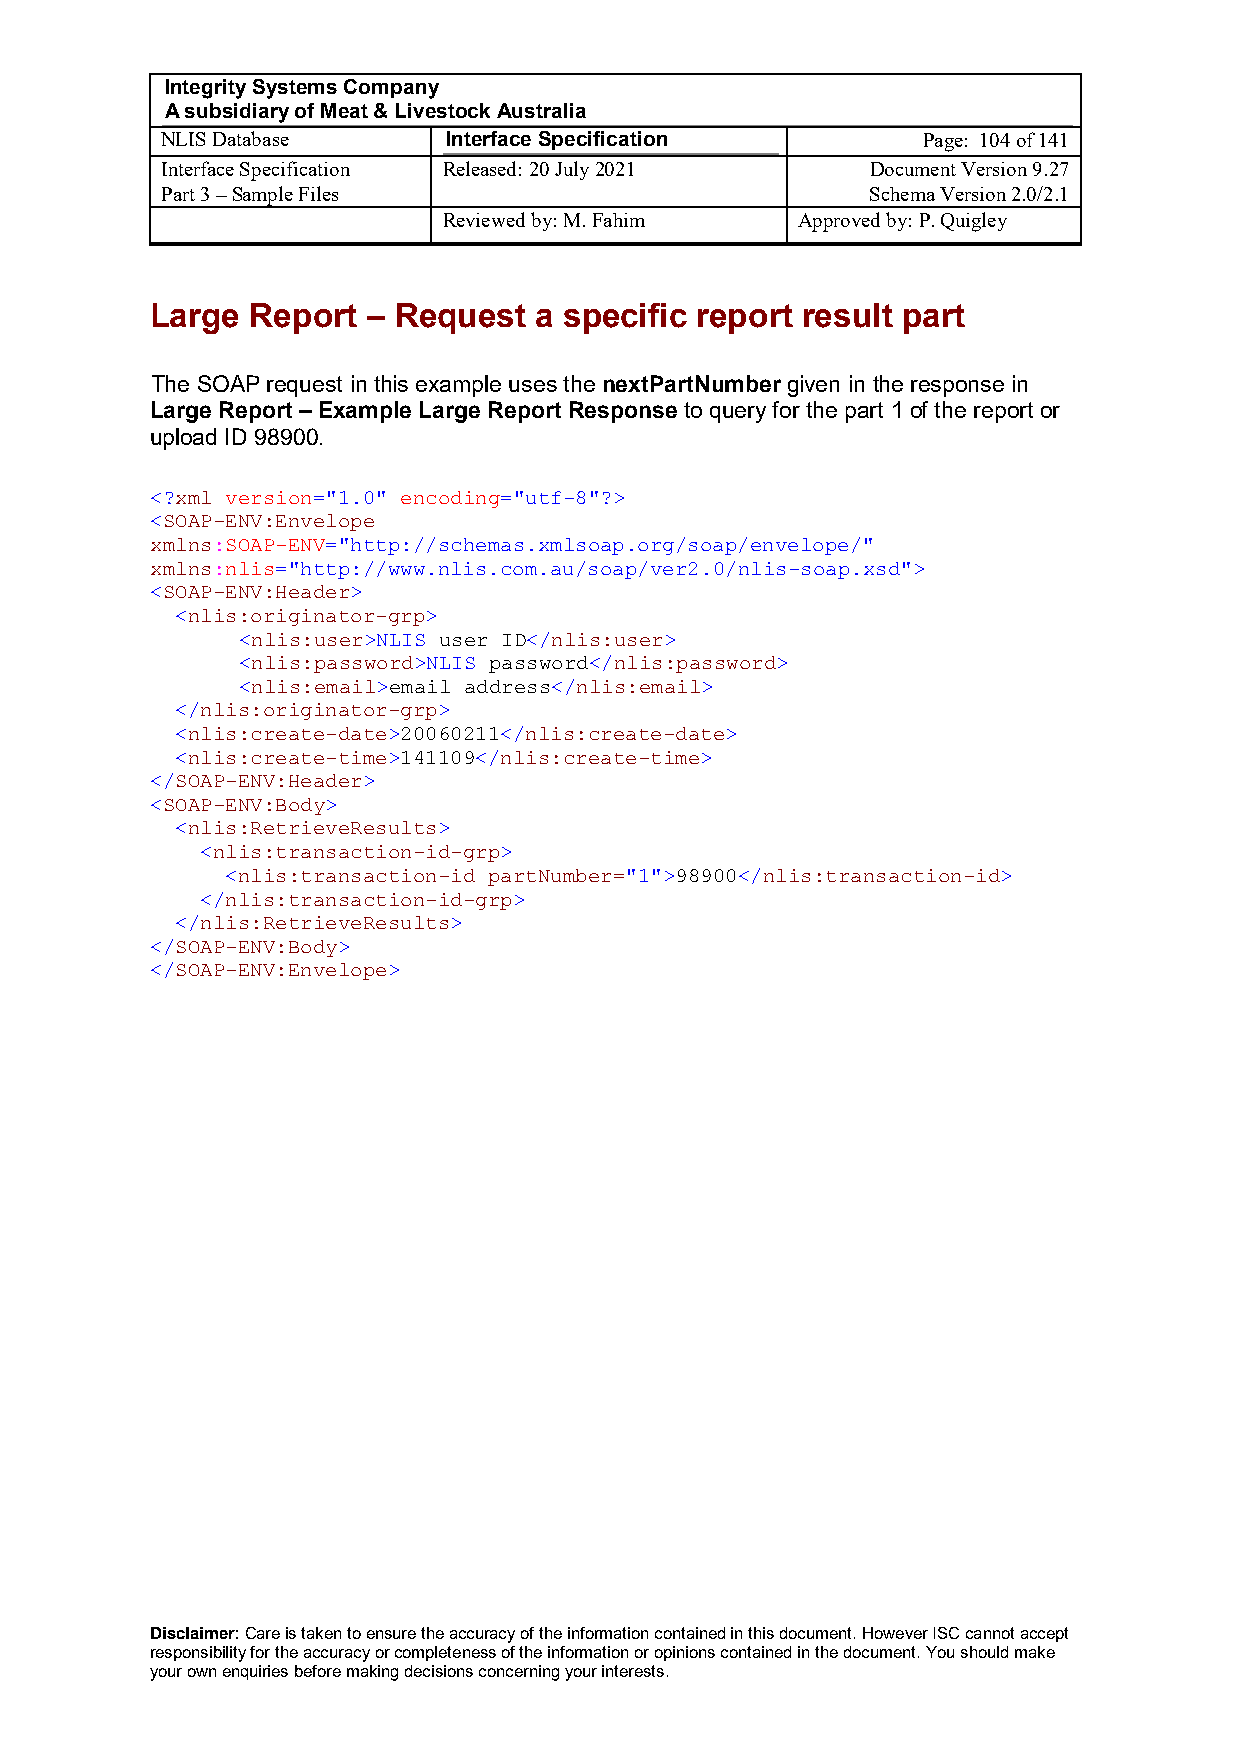
Integrity Systems Company
 A subsidiary of Meat & Livestock Australia
 NLIS Database      Interface Specification        Page: 104 of 141
 Interface Specification Released: 20 July 2021 Document Version 9.27
 Part 3 – Sample Files                          Schema Version 2.0/2.1
 Reviewed by: M. Fahim   Approved by: P. Quigley
 Large  Report – Request  a specific report result part
 The SOAP request in this example uses the nextPartNumber given in the response in
 Large Report – Example Large Report Response to query for the part 1 of the report or
 upload ID 98900.
 <?xml version="1.0" encoding="utf-8"?>
 <SOAP-ENV:Envelope
 xmlns:SOAP-ENV="http://schemas.xmlsoap.org/soap/envelope/"
 xmlns:nlis="http://www.nlis.com.au/soap/ver2.0/nlis-soap.xsd">
 <SOAP-ENV:Header>
 <nlis:originator-grp>
 <nlis:user>NLIS user ID</nlis:user>
 <nlis:password>NLIS password</nlis:password>
 <nlis:email>email address</nlis:email>
 </nlis:originator-grp>
 <nlis:create-date>20060211</nlis:create-date>
 <nlis:create-time>141109</nlis:create-time>
 </SOAP-ENV:Header>
 <SOAP-ENV:Body>
 <nlis:RetrieveResults>
 <nlis:transaction-id-grp>
 <nlis:transaction-id partNumber="1">98900</nlis:transaction-id>
 </nlis:transaction-id-grp>
 </nlis:RetrieveResults>
 </SOAP-ENV:Body>
 </SOAP-ENV:Envelope>
 Disclaimer: Care is taken to ensure the accuracy of the information contained in this document. However ISC cannot accept
 responsibility for the accuracy or completeness of the information or opinions contained in the document. You should make
 your own enquiries before making decisions concerning your interests.